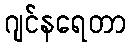
ဂျင်နရေတာ